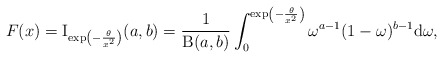
\begin{align*}F(x) =\operatorname{I}_{\exp\left(-\frac{\theta}{x^2}\right)}(a,b)=\frac{1}{\operatorname{B}(a,b)}\int_0^{\exp\left(-\frac{\theta}{x^2}\right)}\omega^{a-1}(1-\omega)^{b-1}\mathrm{d}\omega,\end{align*}